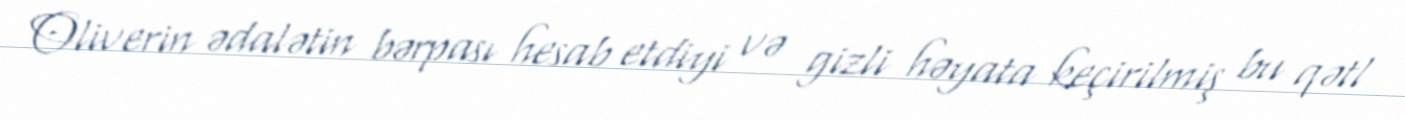
Oliverin ədalətin bərpası hesab etdiyi və gizli həyata keçirilmiş bu qətl